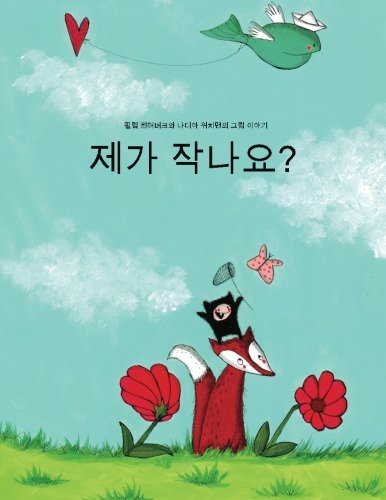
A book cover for Naega jag-ayo?: A Picture Book by Philipp Winterberg and Nadja Wichmann (Korean Edition); Philipp Winterberg; Children's Books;